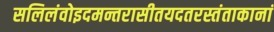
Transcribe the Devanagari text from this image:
सलिलंवोइदमन्तरासीतयदतरस्तंताकानां